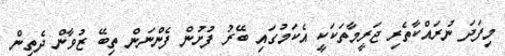
މިފަދަ ނުރައްކާތެރި ޖަރީމާތަކަކީ އެކަމުގައި ބޭރު ފުށުން ފެންނަން ތިބޭ ޒުވާން ދެތިން